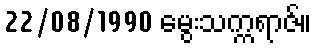
22/08/1990 မွေးသက္ကရာဇ်။